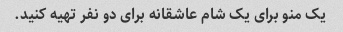
یک منو برای یک شام عاشقانه برای دو نفر تهیه کنید.